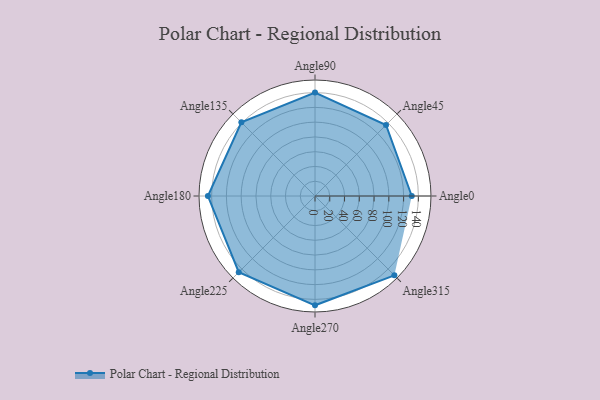
{"axis": {"x": "Angle", "y": "Radius"}, "legend": [""], "data": [{"x": "Angle0", "y": 131.0, "type": ""}, {"x": "Angle45", "y": 136.0, "type": ""}, {"x": "Angle90", "y": 140.0, "type": ""}, {"x": "Angle135", "y": 141.0, "type": ""}, {"x": "Angle180", "y": 145.0, "type": ""}, {"x": "Angle225", "y": 146.0, "type": ""}, {"x": "Angle270", "y": 148.0, "type": ""}, {"x": "Angle315", "y": 152.0, "type": ""}]}